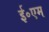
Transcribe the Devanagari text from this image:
ई॰एम